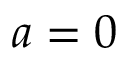
a = 0